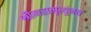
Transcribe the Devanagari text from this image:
श्रीमहामृत्युंजय